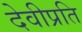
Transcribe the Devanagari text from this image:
देवीप्रति